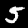
Digit: 5